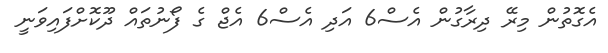
އެގޮތުން މިރޭ ދިރާގުން އެސް6 އަދި އެސް6 އެޖް ގެ ފޯނުތައް ދޫކޮށްފައިވަނީ